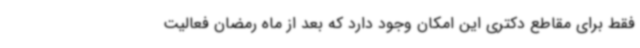
فقط برای مقاطع دکتری این امکان وجود دارد که بعد از ماه رمضان فعالیت